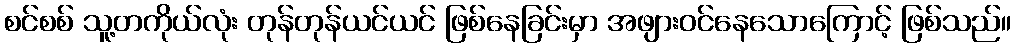
စင်စစ် သူ့တကိုယ်လုံး တုန်တုန်ယင်ယင် ဖြစ်နေခြင်းမှာ အဖျားဝင်နေသောကြောင့် ဖြစ်သည်။